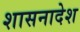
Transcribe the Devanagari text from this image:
शासनादेश